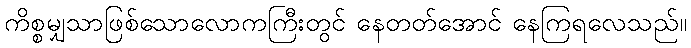
ကိစ္စမျှသာဖြစ်သောလောကကြီးတွင် နေတတ်အောင် နေကြရလေသည်။